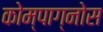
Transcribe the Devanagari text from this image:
कोम्पाग्नोस